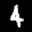
Label: 4